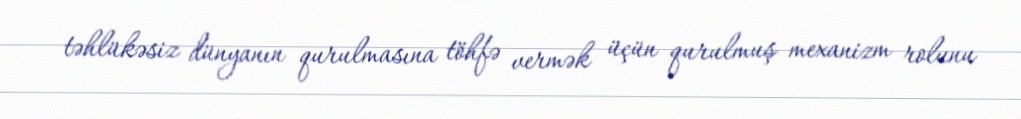
təhlükəsiz dünyanın qurulmasına töhfə vermək üçün qurulmuş mexanizm rolunu